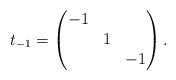
LaTeX: \begin{align*}t_{-1} = \begin{pmatrix}-1 \\ & 1 \\ && -1\end{pmatrix}.\end{align*}